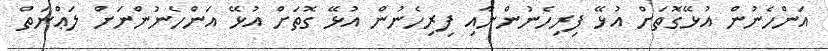
އަންހެނުން އުޅޭގޮތަށް އުޅޭ ފިރިހެނުންނާއި ފިރިހެނުން އުޅޭ ގޮތަށް އުޅޭ އަންހެނުންނަށް ލަޢްނަތް